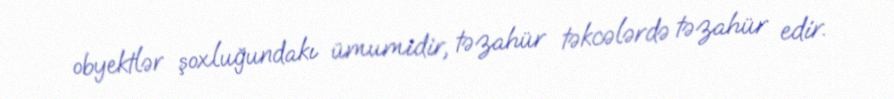
obyektlər şoxluğundakı ümumidir, təzahür təkcələrdə təzahür edir.